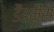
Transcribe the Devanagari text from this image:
डैडमैंस